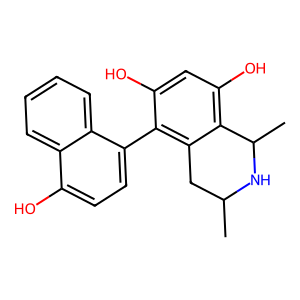
SMILES: CC1Cc2c(-c3ccc(O)c4ccccc34)c(O)cc(O)c2C(C)N1
Inhibits HIV replication: No